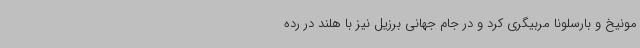
مونیخ و بارسلونا مربیگری کرد و در جام جهانی برزیل نیز با هلند در رده